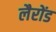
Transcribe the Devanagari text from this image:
लैरोंड